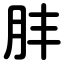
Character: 肨